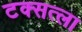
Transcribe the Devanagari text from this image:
टक्सत्ला